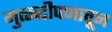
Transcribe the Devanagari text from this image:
मुत्सद्दीपणातून